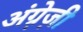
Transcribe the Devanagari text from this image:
अंग्रे़ज़ी